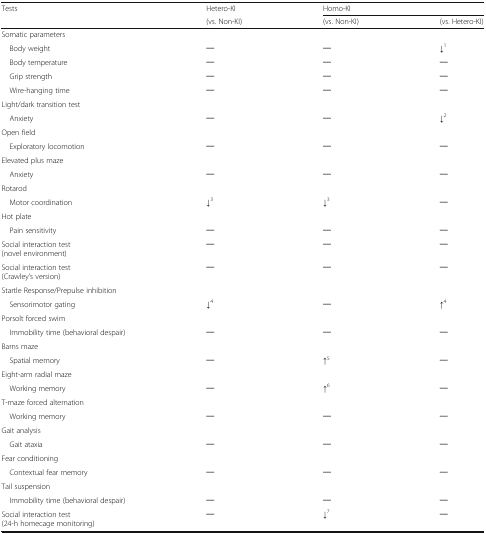
| <ROWSPAN=2> Tests | Hetero-KI | <COLSPAN=2> Homo-KI |
 | (vs. Non-KI) | (vs. Non-KI) | (vs. Hetero-KI) |
 | --- | --- | --- | --- |
 | Somatic parameters |  |  |  |
 | Body weight | ─ | ─ | ↓1 |
 | Body temperature | ─ | ─ | ─ |
 | Grip strength | ─ | ─ | ─ |
 | Wire-hanging time | ─ | ─ | ─ |
 | Light/dark transition test |  |  |  |
 | Anxiety | ─ | ─ | ↓2 |
 | Open field |  |  |  |
 | Exploratory locomotion | ─ | ─ | ─ |
 | Elevated plus maze |  |  |  |
 | Anxiety | ─ | ─ | ─ |
 | Rotarod |  |  |  |
 | Motor coordination | ↓3 | ↓3 | ─ |
 | Hot plate |  |  |  |
 | Pain sensitivity | ─ | ─ | ─ |
 | Social interaction test(novel environment) | ─ | ─ | ─ |
 | Social interaction test(Crawley’s version) | ─ | ─ | ─ |
 | Startle Response/Prepulse inhibition |  |  |  |
 | Sensorimotor gating | ↓4 | ─ | ↑4 |
 | Porsolt forced swim |  |  |  |
 | Immobility time (behavioral despair) | ─ | ─ | ─ |
 | Barns maze |  |  |  |
 | Spatial memory | ─ | ↑5 | ─ |
 | Eight-arm radial maze |  |  |  |
 | Working memory | ─ | ↑6 | ─ |
 | T-maze forced alternation |  |  |  |
 | Working memory | ─ | ─ | ─ |
 | Gait analysis |  |  |  |
 | Gait ataxia | ─ | ─ | ─ |
 | Fear conditioning |  |  |  |
 | Contextual fear memory | ─ | ─ | ─ |
 | Tail suspension |  |  |  |
 | Immobility time (behavioral despair) | ─ | ─ | ─ |
 | Social interaction test(24-h homecage monitoring) | ─ | ↓7 | ─ |